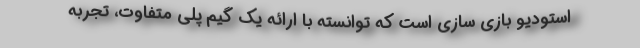
استودیو بازی سازی است که توانسته با ارائه یک گیم پلی متفاوت، تجربه